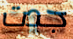
جدت